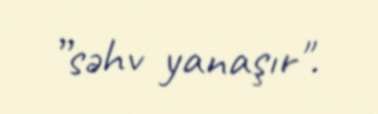
”səhv yanaşır".